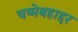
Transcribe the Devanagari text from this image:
चष्मेबहाद्दर